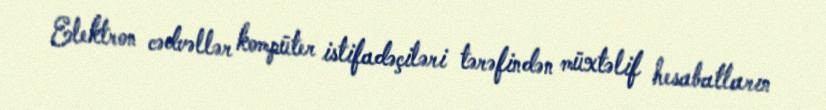
Elektron cədvəllər kompüter istifadəçiləri tərəfindən müxtəlif hesabatların